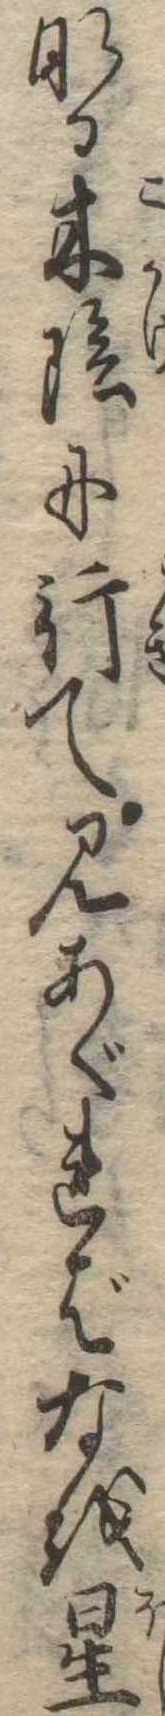
なる木陰に行て見あぐればなを星